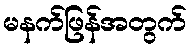
မနက်ဖြန်အတွက်